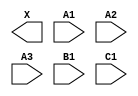
module sky130_fd_sc_hs__a311o (
    X ,
    A1,
    A2,
    A3,
    B1,
    C1
);

    output X ;
    input  A1;
    input  A2;
    input  A3;
    input  B1;
    input  C1;

    // Voltage supply signals
    supply1 VPWR;
    supply0 VGND;

endmodule